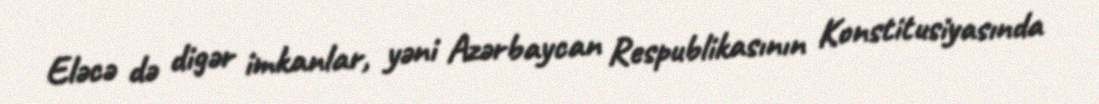
Eləcə də digər imkanlar, yəni Azərbaycan Respublikasının Konstitusiyasında